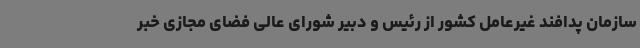
سازمان پدافند غیرعامل کشور از رئیس و دبیر شورای عالی فضای مجازی خبر